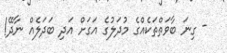
- ގިނަ ބާވަތްތަކެއްގެ މުދަލުގެ އަގަށް އަދި ބަދަލެއް ނާދޭ!